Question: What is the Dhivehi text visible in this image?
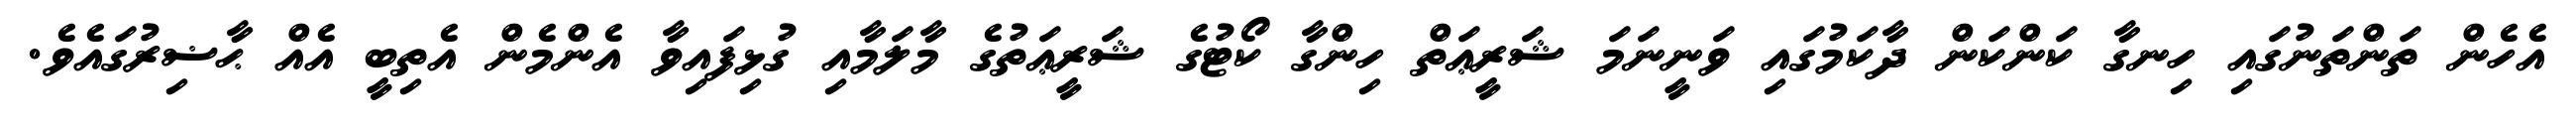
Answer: އެހެން ތަންތަނުގައި ހިނގާ ކަންކަން ދާކަމުގައި ވަނީނަމަ ޝަރީޢަތް ހިންގާ ކޯޓުގެ ޝަރީޢަތުގެ މާލަމާއި ގުޅިފައިވާ އެންމެން އެތިބީ އެއް ޙާޟިރުގައެވެ.